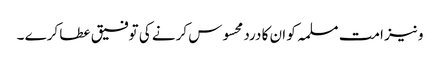
و نیز امت مسلمہ کو ان کا درد محسوس کرنے کی توفیق عطا کرے ۔